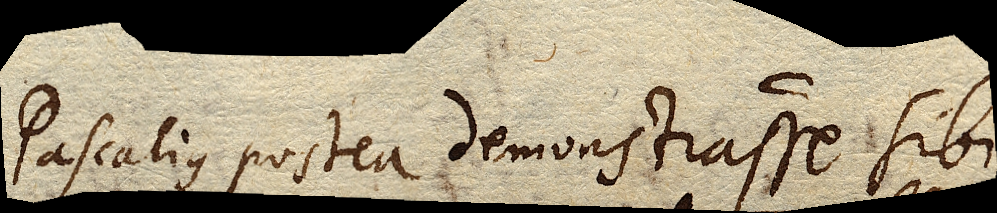
Pascalius postea demonstrasse sibi